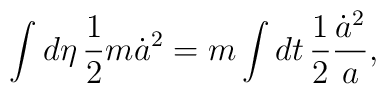
\int d\eta\, {1\over2}m\dot a^2=m\int dt\,{1\over2}{\dot a^2\over a},